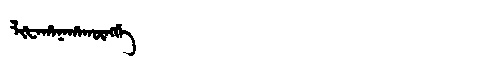
Manchu: ᠯᡳᡶᠠᡥᠠᠨᠠᡥᠠᡴᡡᠩᡤᡝ
Romanization: LIFAHANAHAKŪNGGE